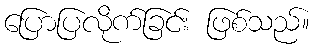
ပြောပြလိုက်ခြင်း ဖြစ်သည်။